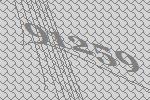
91259